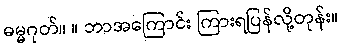
ဓမ္မဂုတ်။ ။ ဘာအကြောင်း ကြားရပြန်လို့တုန်း။